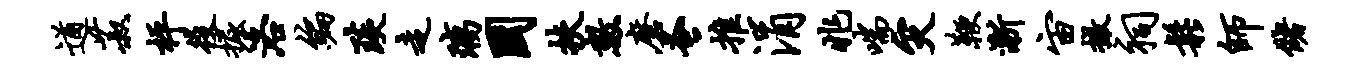
遒菽枰役掘洛编琰走璃国扶数磨蚤推涓兆喘灾鞭渐宙撤祠松师储